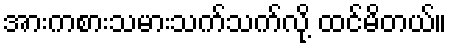
အားကစားသမားသက်သက်လို့ ထင်မိတယ်။